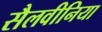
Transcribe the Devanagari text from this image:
सैलवीनिया